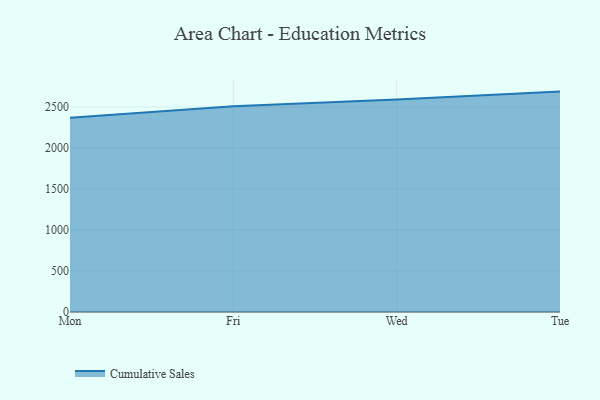
{"axis": {"x": "Day", "y": "Operating Costs (USD K)"}, "legend": ["Cumulative Sales"], "data": [{"x": "Mon", "y": 2369.6, "type": "Cumulative Sales"}, {"x": "Fri", "y": 2510.2, "type": "Cumulative Sales"}, {"x": "Wed", "y": 2592.2, "type": "Cumulative Sales"}, {"x": "Tue", "y": 2688.6, "type": "Cumulative Sales"}]}